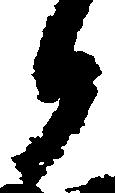
候